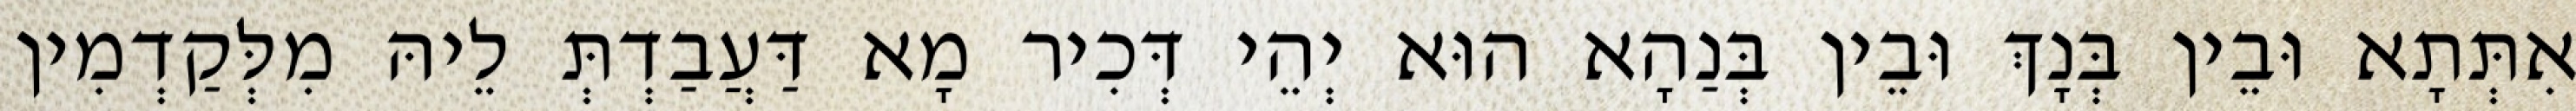
אִתְּתָא וּבֵין בְּנָךְ וּבֵין בְּנַהָא הוּא יְהֵי דְּכִיר מָא דַּעֲבַדְתְּ לֵיהּ מִלְּקַדְמִין